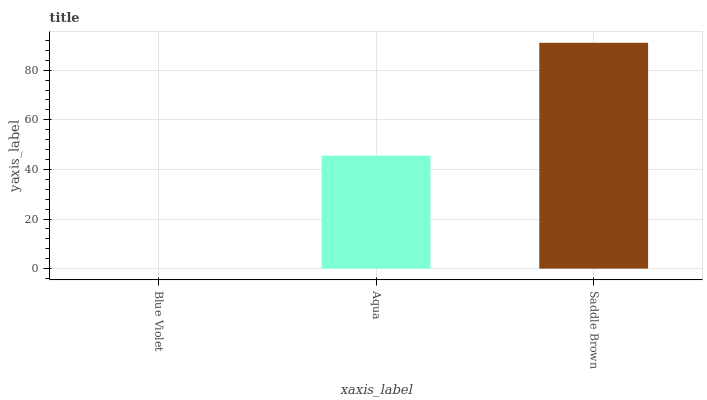
| xaxis_label | bars |
 | --- | --- |
 | Blue Violet | 0 |
 | Aqua | 45.5 |
 | Saddle Brown | 91.1 |